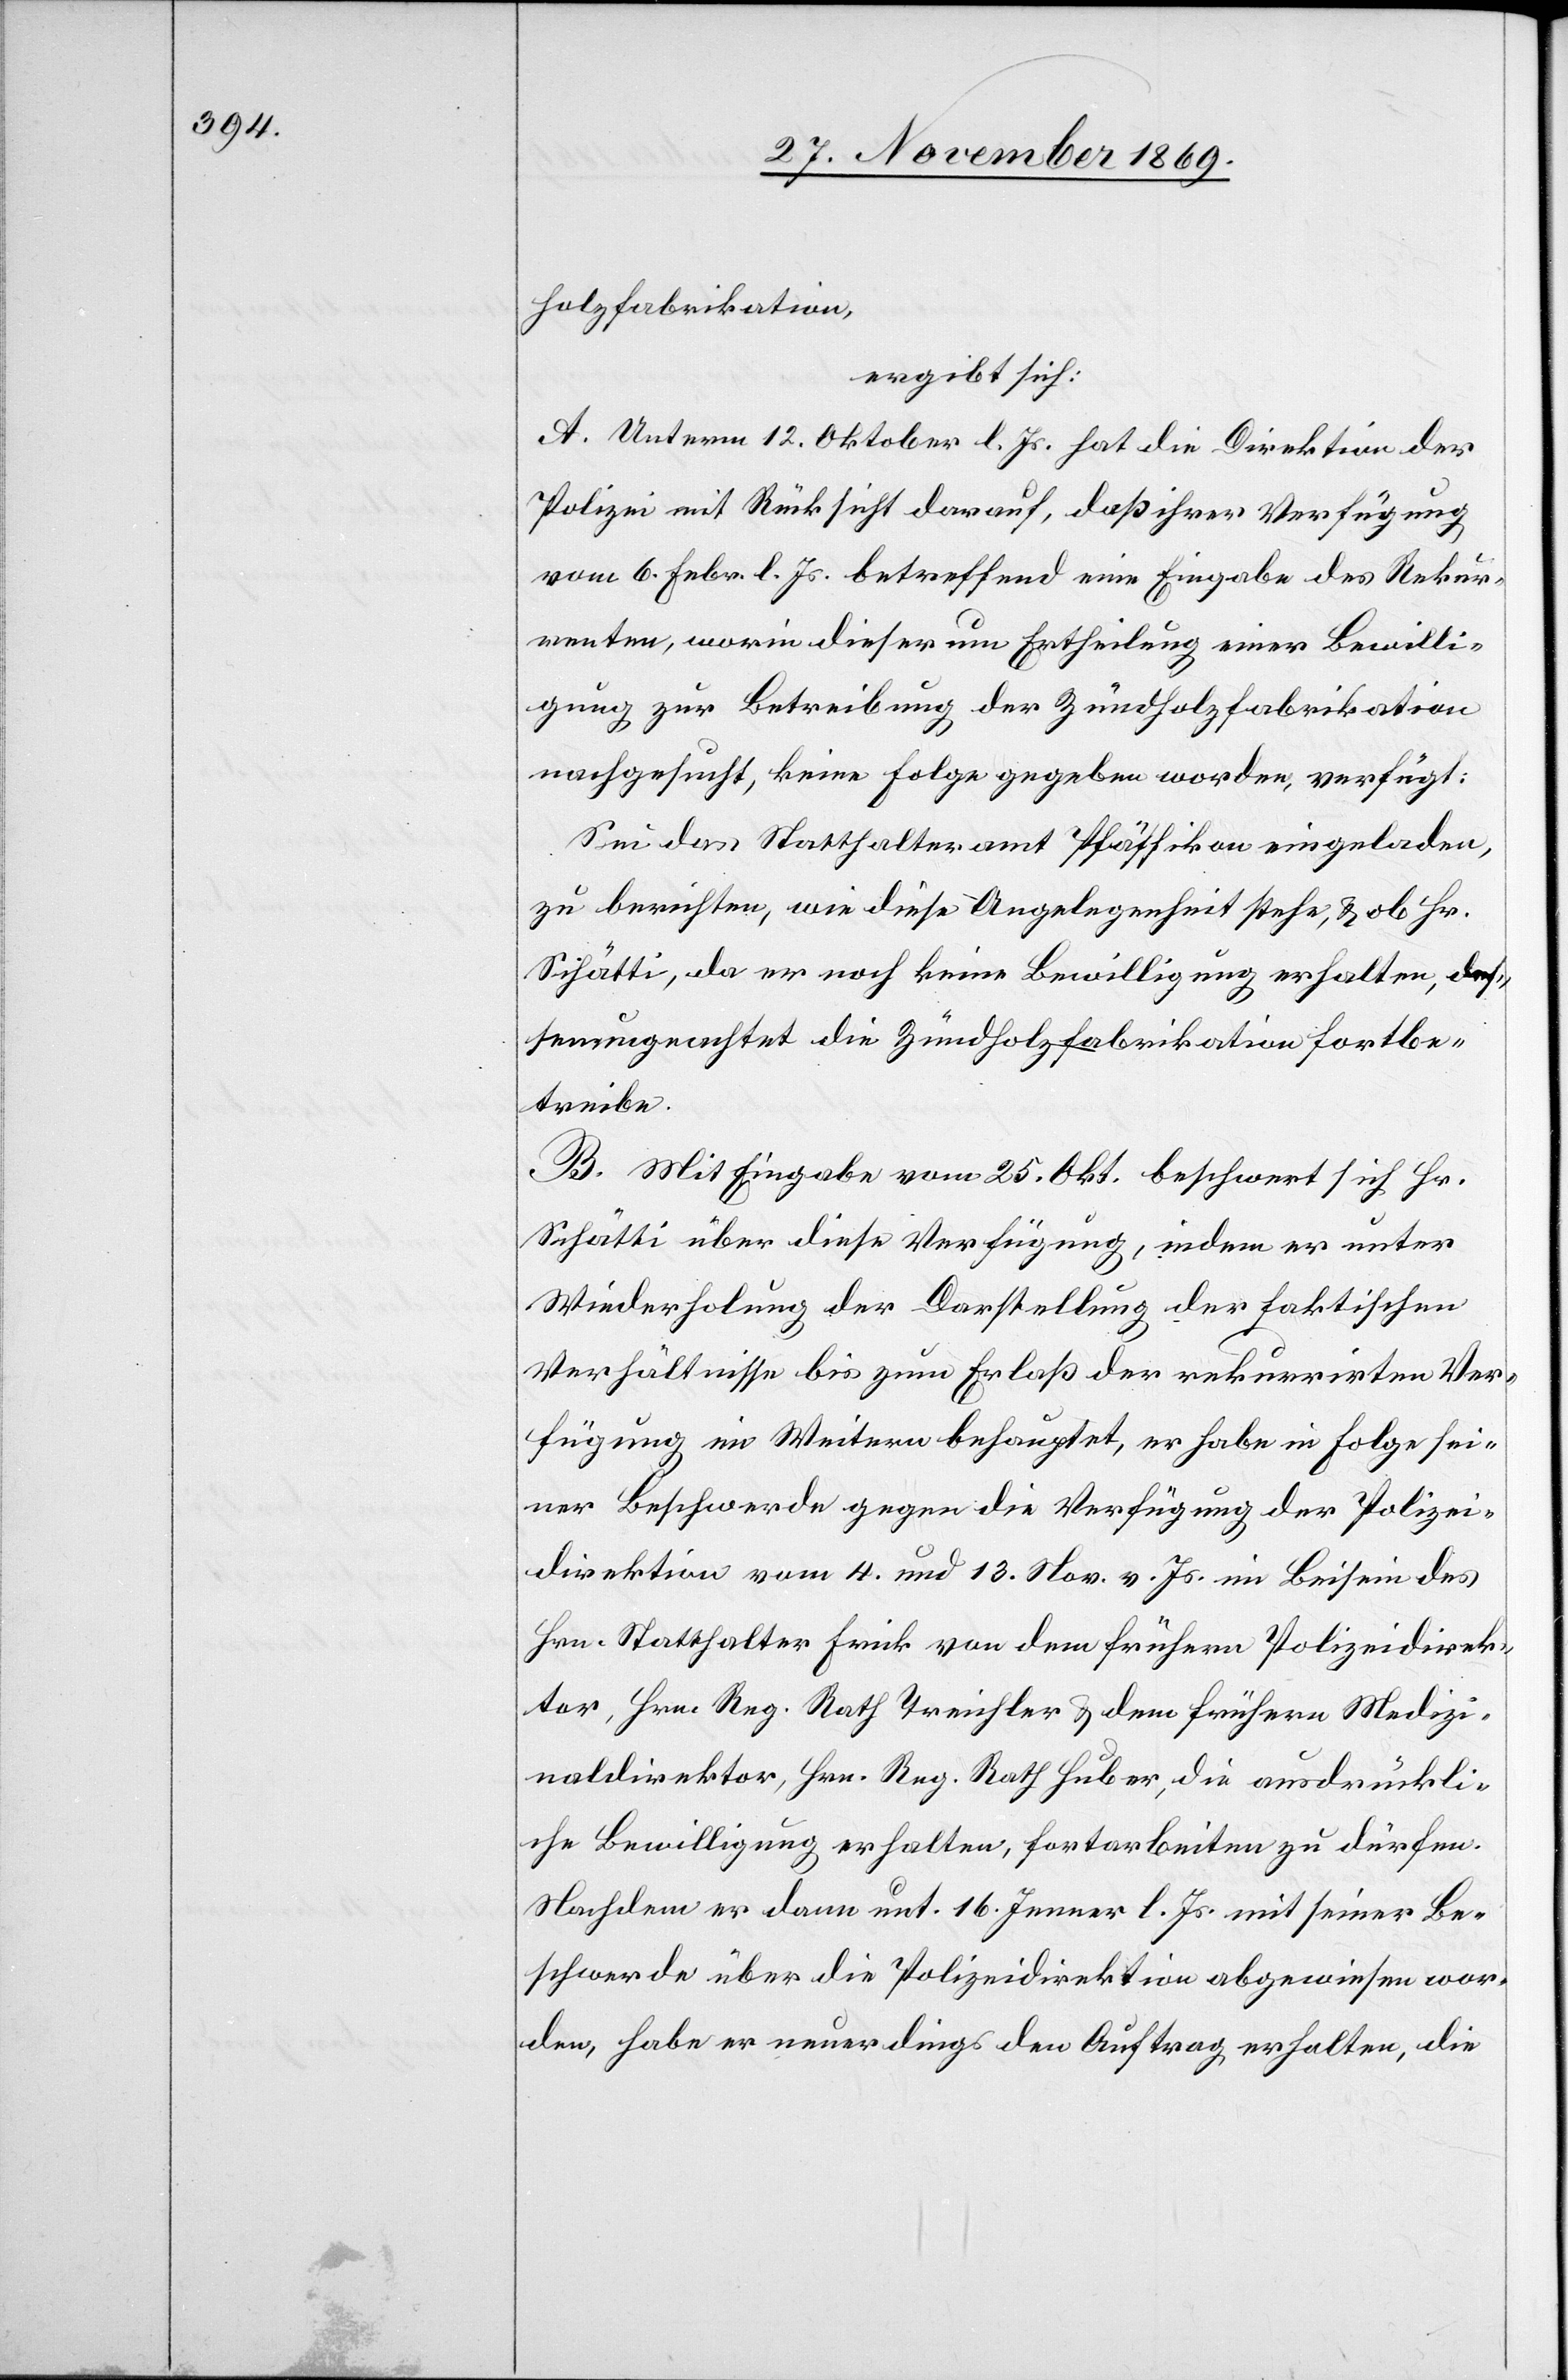
holzfabrikation,
ergibt sich:
A. Unterm 12. Oktober l. Js. hat die Direktion der
Polizei mit Rücksicht darauf, daß ihrer Verfügung
vom 6. Febr. l. Js. betreffend eine Eingabe des Rekur¬
renten, worin dieser um Ertheilung einer Bewilli¬
gung zur Betreibung der Zündholzfabrikation
nachgesucht, keine Folge gegeben worden, verfügt:
Sei das Statthalteramt Pfäffikon eingeladen,
zu berichten, wie diese Angelegenheit stehe, & ob Hr.
Schätti, da er noch keine Bewilligung erhalten, des¬
senungeachtet die Zündholzfabrikation fortbe¬
treibe.
B. Mit Eingabe vom 25. Okt. beschwert sich Hr.
Schätti über diese Verfügung, indem er unter
Wiederholung der Darstellung der faktischen
Verhältnisse bis zum Erlaß der rekurrirten Ver¬
fügung im Weitern behauptet, er habe in Folge sei¬
ner Beschwerde gegen die Verfügung der Polizei¬
direktion vom 4. und 13. Nov. v. Js. im Beisein des
Hrn. Statthalter Frick von dem frühern Polizeidirek¬
tor, Hrn. Reg. Rath Treichler & dem frühern Medizi¬
naldirektor, Hrn. Reg. Rath Huber, die ausdrückli¬
che Bewilligung erhalten, fortarbeiten zu dürfen.
Nachdem er dann unt. 16. Jenner l. Js. mit seiner Be¬
schwerde über die Polizeidirektion abgewiesen wor¬
den, habe er neuerdings den Auftrag erhalten, die